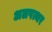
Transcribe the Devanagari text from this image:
अलपत्थर